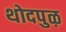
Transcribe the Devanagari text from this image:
थोदपुऴ